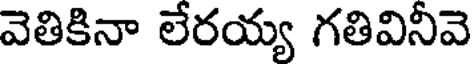
వెతికినా లేరయ్య గతివినీవె